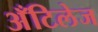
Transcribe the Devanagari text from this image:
अँटिलेज